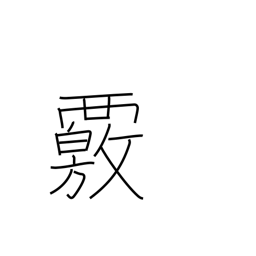
Meaning: investigate